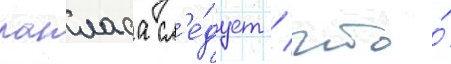
лапласа сл'е́дует / что́